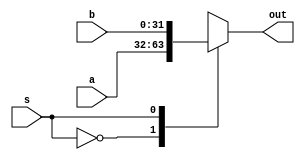
module MUX1 (a,b,s,out);
input [31:0]a;
input [31:0]b;
input s;
output reg [31:0]out;
always @(*) begin 
case(s)
1'b0: out=a;
1'b1: out=b;
default out=a;
endcase
end
endmodule